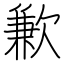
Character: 歉